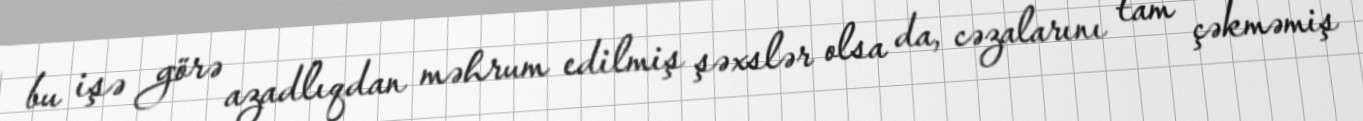
bu işə görə azadlıqdan məhrum edilmiş şəxslər olsa da, cəzalarını tam çəkməmiş